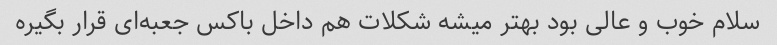
سلام خوب و عالی بود بهتر میشه شکلات هم داخل باکس جعبه‌ای قرار بگیره